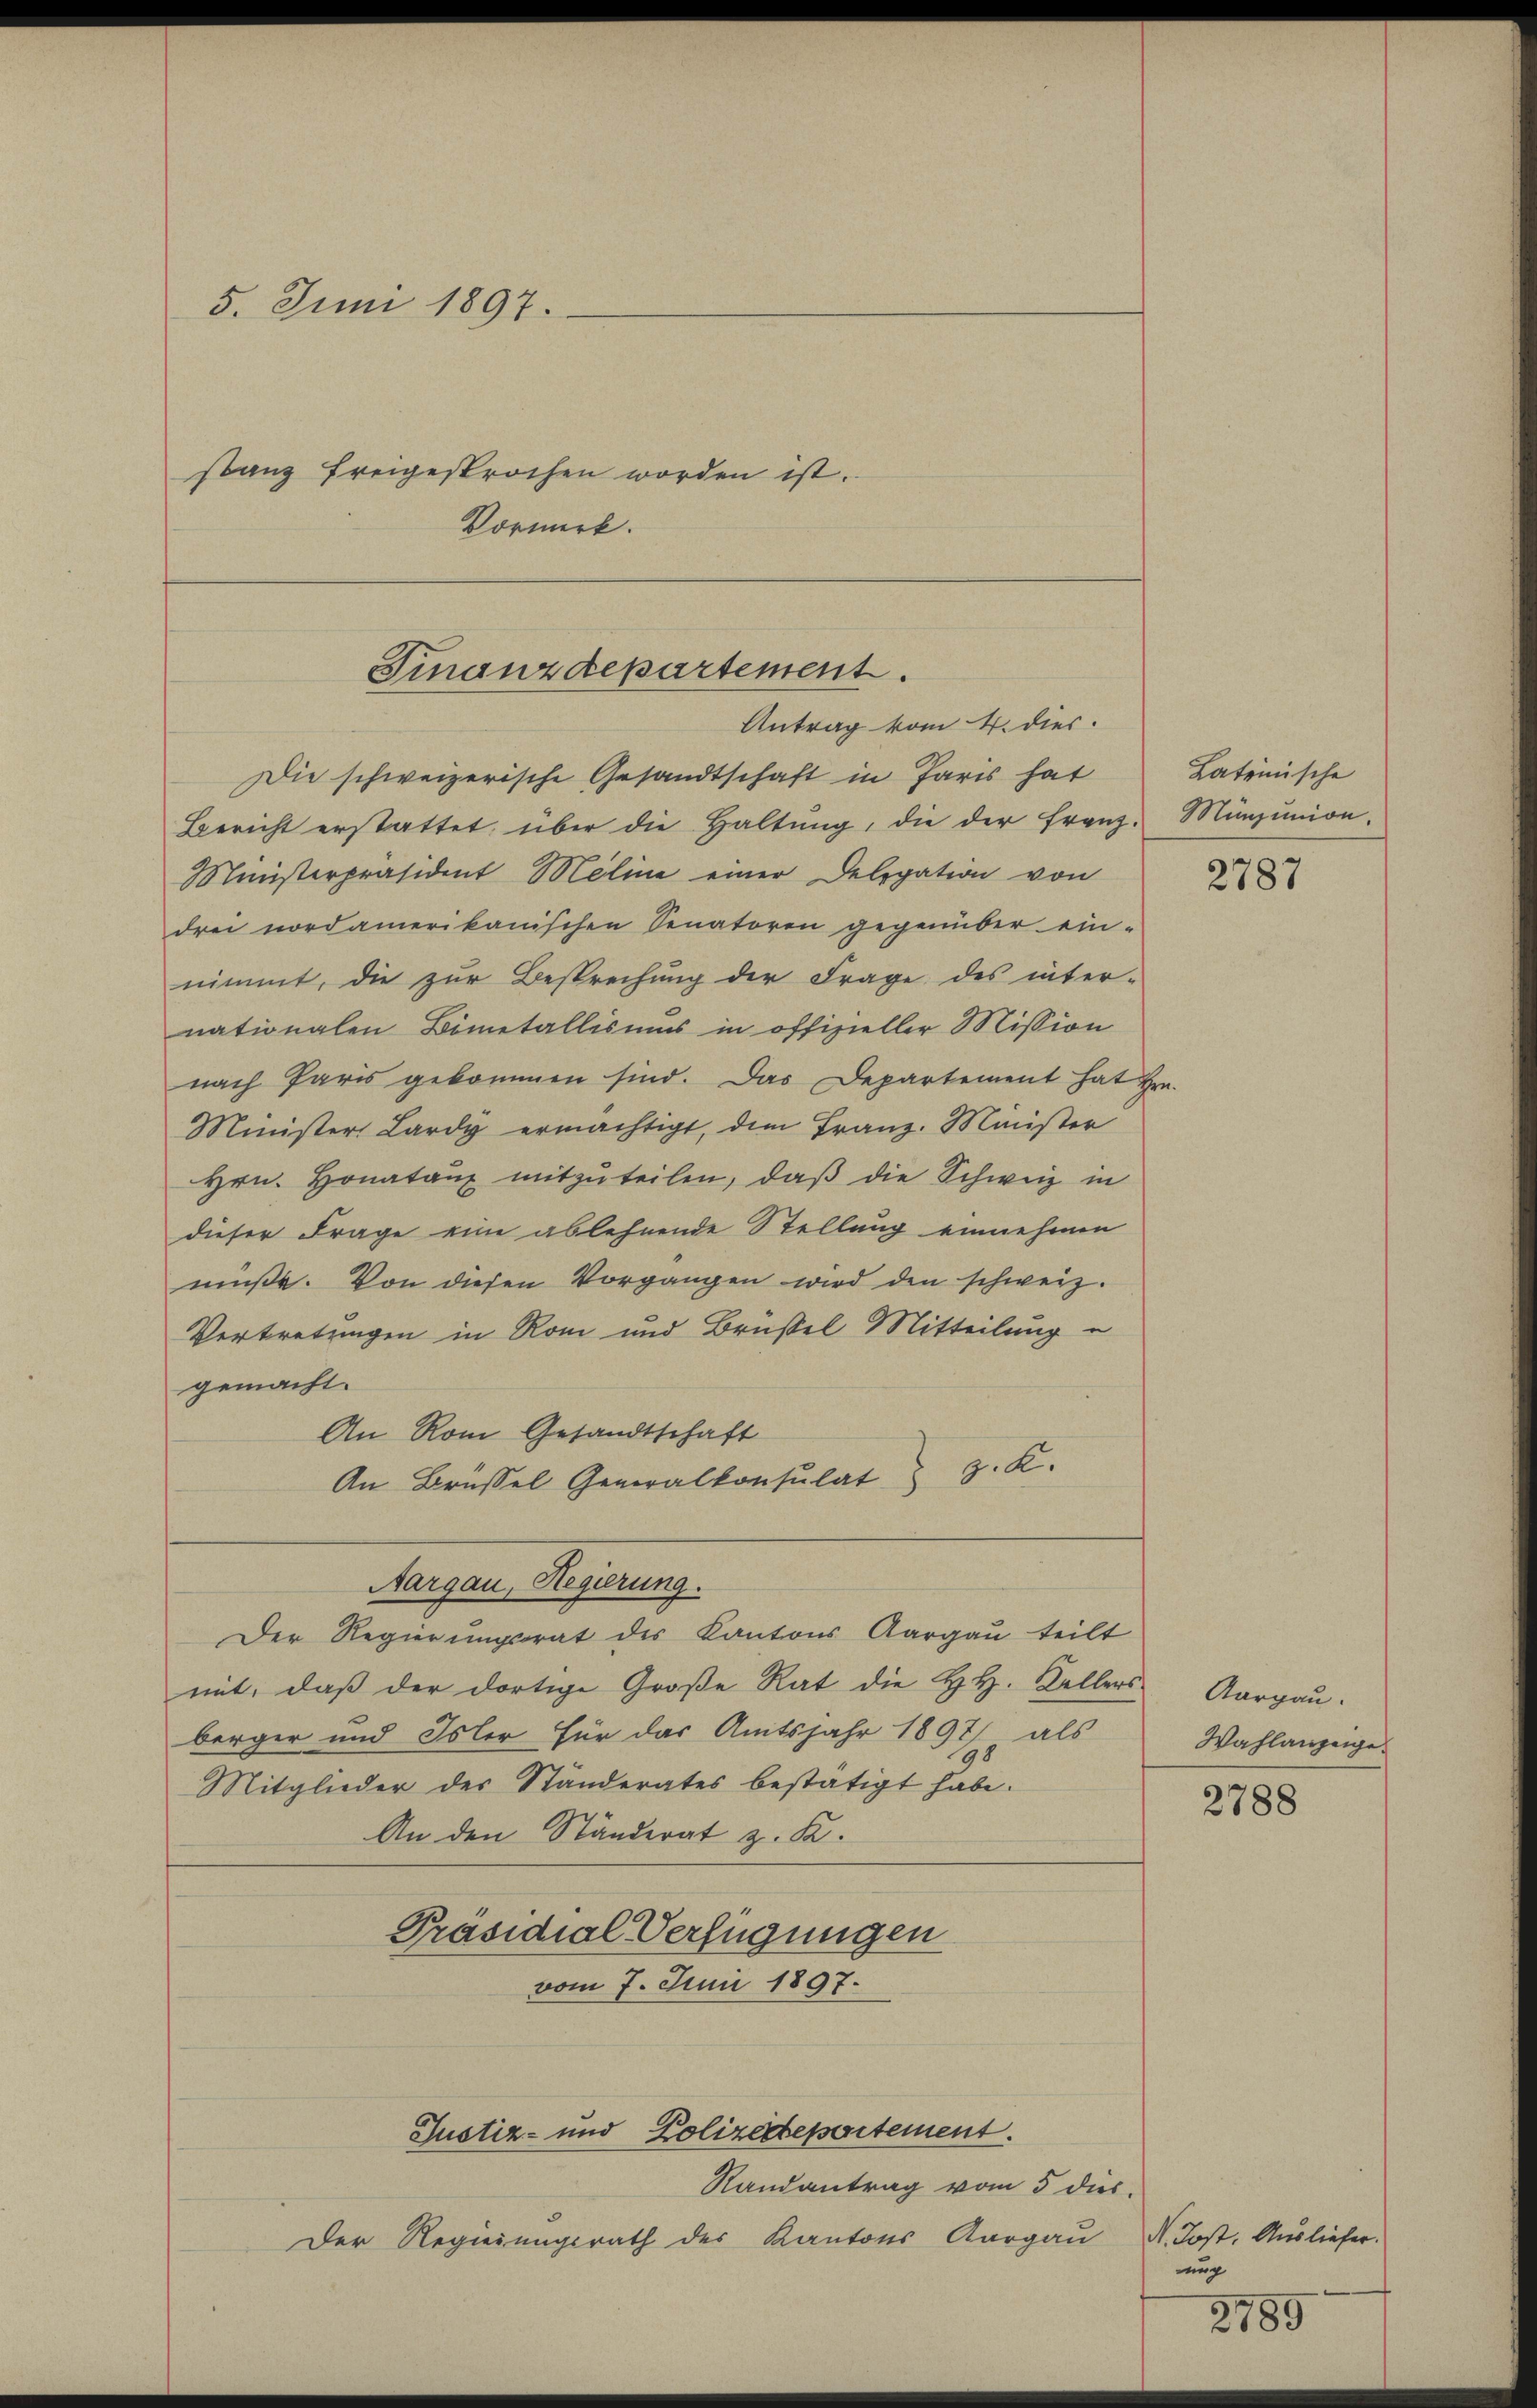
5. Juni 1897.
stanz freigesprochen worden ist.
Vormerk.

Finanzdepartement.
Antrag vom 4. dies

Die schweizerische Gesandtschaft in Paris hat
Bericht erstattet, über die Haltung, die der Franz-
Ministerpräsident Meline einer Delegation von
drei nordamerikanischen Senatoren gegenüber ein-
nimmt, die zur Besprechung der Frage des inter-
nationalen Bimetallis ums in offizieller Mission
nach Paris gekommen sind. Das Departement hat
Minister Lardy ermächtigt, dem Franz. Minister
Hrn. Honataux mitzŭteilen, daß die Schweiz in
dieser Frage eine ablehnende Stellung einnehmen
müβe. Von diesen Vorgangen wird den schweiz.
Vertretungen in Rom und Brüssel Mitteilung u
gemacht.
An Rom Gesandtschaft
An Brüssel Generalkonsulat z. K.
Aargau, Regierung.
Der Regierungsrat des Kantons Aargau teilt
mit, daß der dortige Große Rat die H. H. Kellers
berger und Isler für das Amtsjahr 1897 als
Mitglieder des Ständerates bestätigt habe.
An den Ständerat z. K.
Präsidial-Verfügungen
vom 7. Juni 1897.
Justiz- und Polizeidepartement.
Randantrag vom 5 dies
Der Regierungsrath der Kantons Aargau d. Post. Ausliefer.

Lateinische
Münjunion.

2787

Aargau.
Wahlanzeige

2788

ung

2789